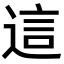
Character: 這